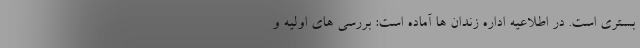
بستری است. در اطلاعیه اداره زندان ها آماده است: بررسی های اولیه و